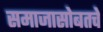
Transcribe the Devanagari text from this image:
समाजासोबतचे